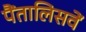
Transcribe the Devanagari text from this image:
पैंतालिसवें